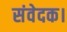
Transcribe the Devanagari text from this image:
संवेदक।